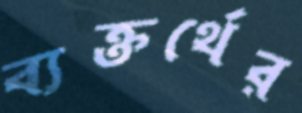
ব্যক্তর্থের